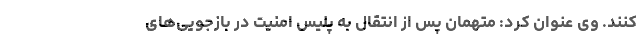
کنند. وی عنوان کرد: متهمان پس از انتقال به پلیس امنیت در بازجویی‌های